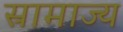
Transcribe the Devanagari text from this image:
स्रामाज्य